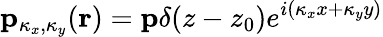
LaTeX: \mathbf{p}_{\kappa_{x},\kappa_{y}}(\mathbf{r})=\mathbf{p}\delta(z-z_{0})e^{i(\kappa_{x}x+\kappa_{y}y)}